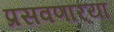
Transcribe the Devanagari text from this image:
प्रसवणार्‍या